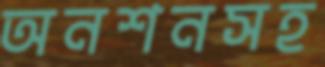
অনশনসহ